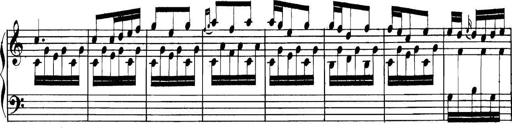
Title: Collected Piano Sonatas
Composer: Muzio Clementi